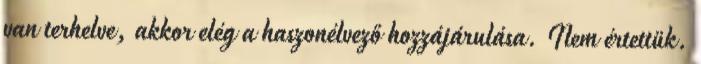
van terhelve, akkor elég a haszonélvező hozzájárulása. Nem értettük.